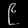
Digit: ၉